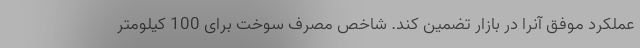
عملکرد موفق آنرا در بازار تضمین کند. شاخص مصرف سوخت برای 100 کیلومتر